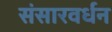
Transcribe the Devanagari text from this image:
संसारवर्धन